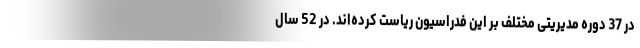
در 37 دوره مدیریتی مختلف بر این فدراسیون ریاست کرده‌اند. در 52 سال